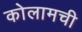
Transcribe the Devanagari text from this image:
कोलामची